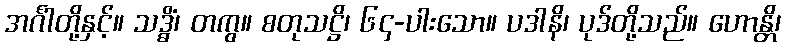
အင်္ဂါတို့နှင့်။ သဒ္ဓိံ၊ တကွ။ စတုသဋ္ဌိ၊ ၆၄-ပါးသော။ ပဒါနိ၊ ပုဒ်တို့သည်။ ဟောန္တိ၊